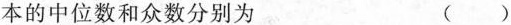
本的中位数和众数分别为 ( )